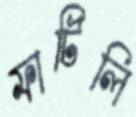
ফাটিলি